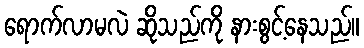
ရောက်လာမလဲ ဆိုသည်ကို နားစွင့်နေသည်။